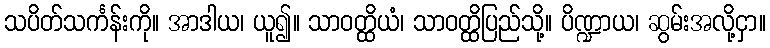
သပိတ်သင်္ကန်းကို။ အာဒါယ၊ ယူ၍။ သာဝတ္ထိယံ၊ သာဝတ္ထိပြည်သို့။ ပိဏ္ဍာယ၊ ဆွမ်းအလို့ငှာ။